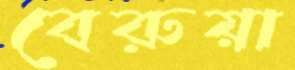
বেরুয়া